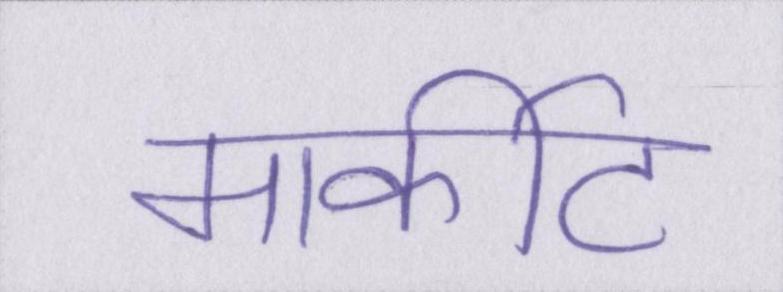
मार्कीट